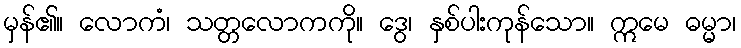
မှန်၏။ လောကံ၊ သတ္တလောကကို။ ဒွေ၊ နှစ်ပါးကုန်သော။ ဣမေ ဓမ္မာ၊